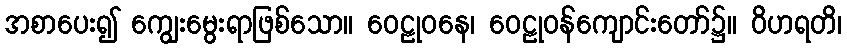
အစာပေး၍ ကျွေးမွေးရာဖြစ်သော။ ဝေဠုဝနေ၊ ဝေဠုဝန်ကျောင်းတော်၌။ ဝိဟရတိ၊